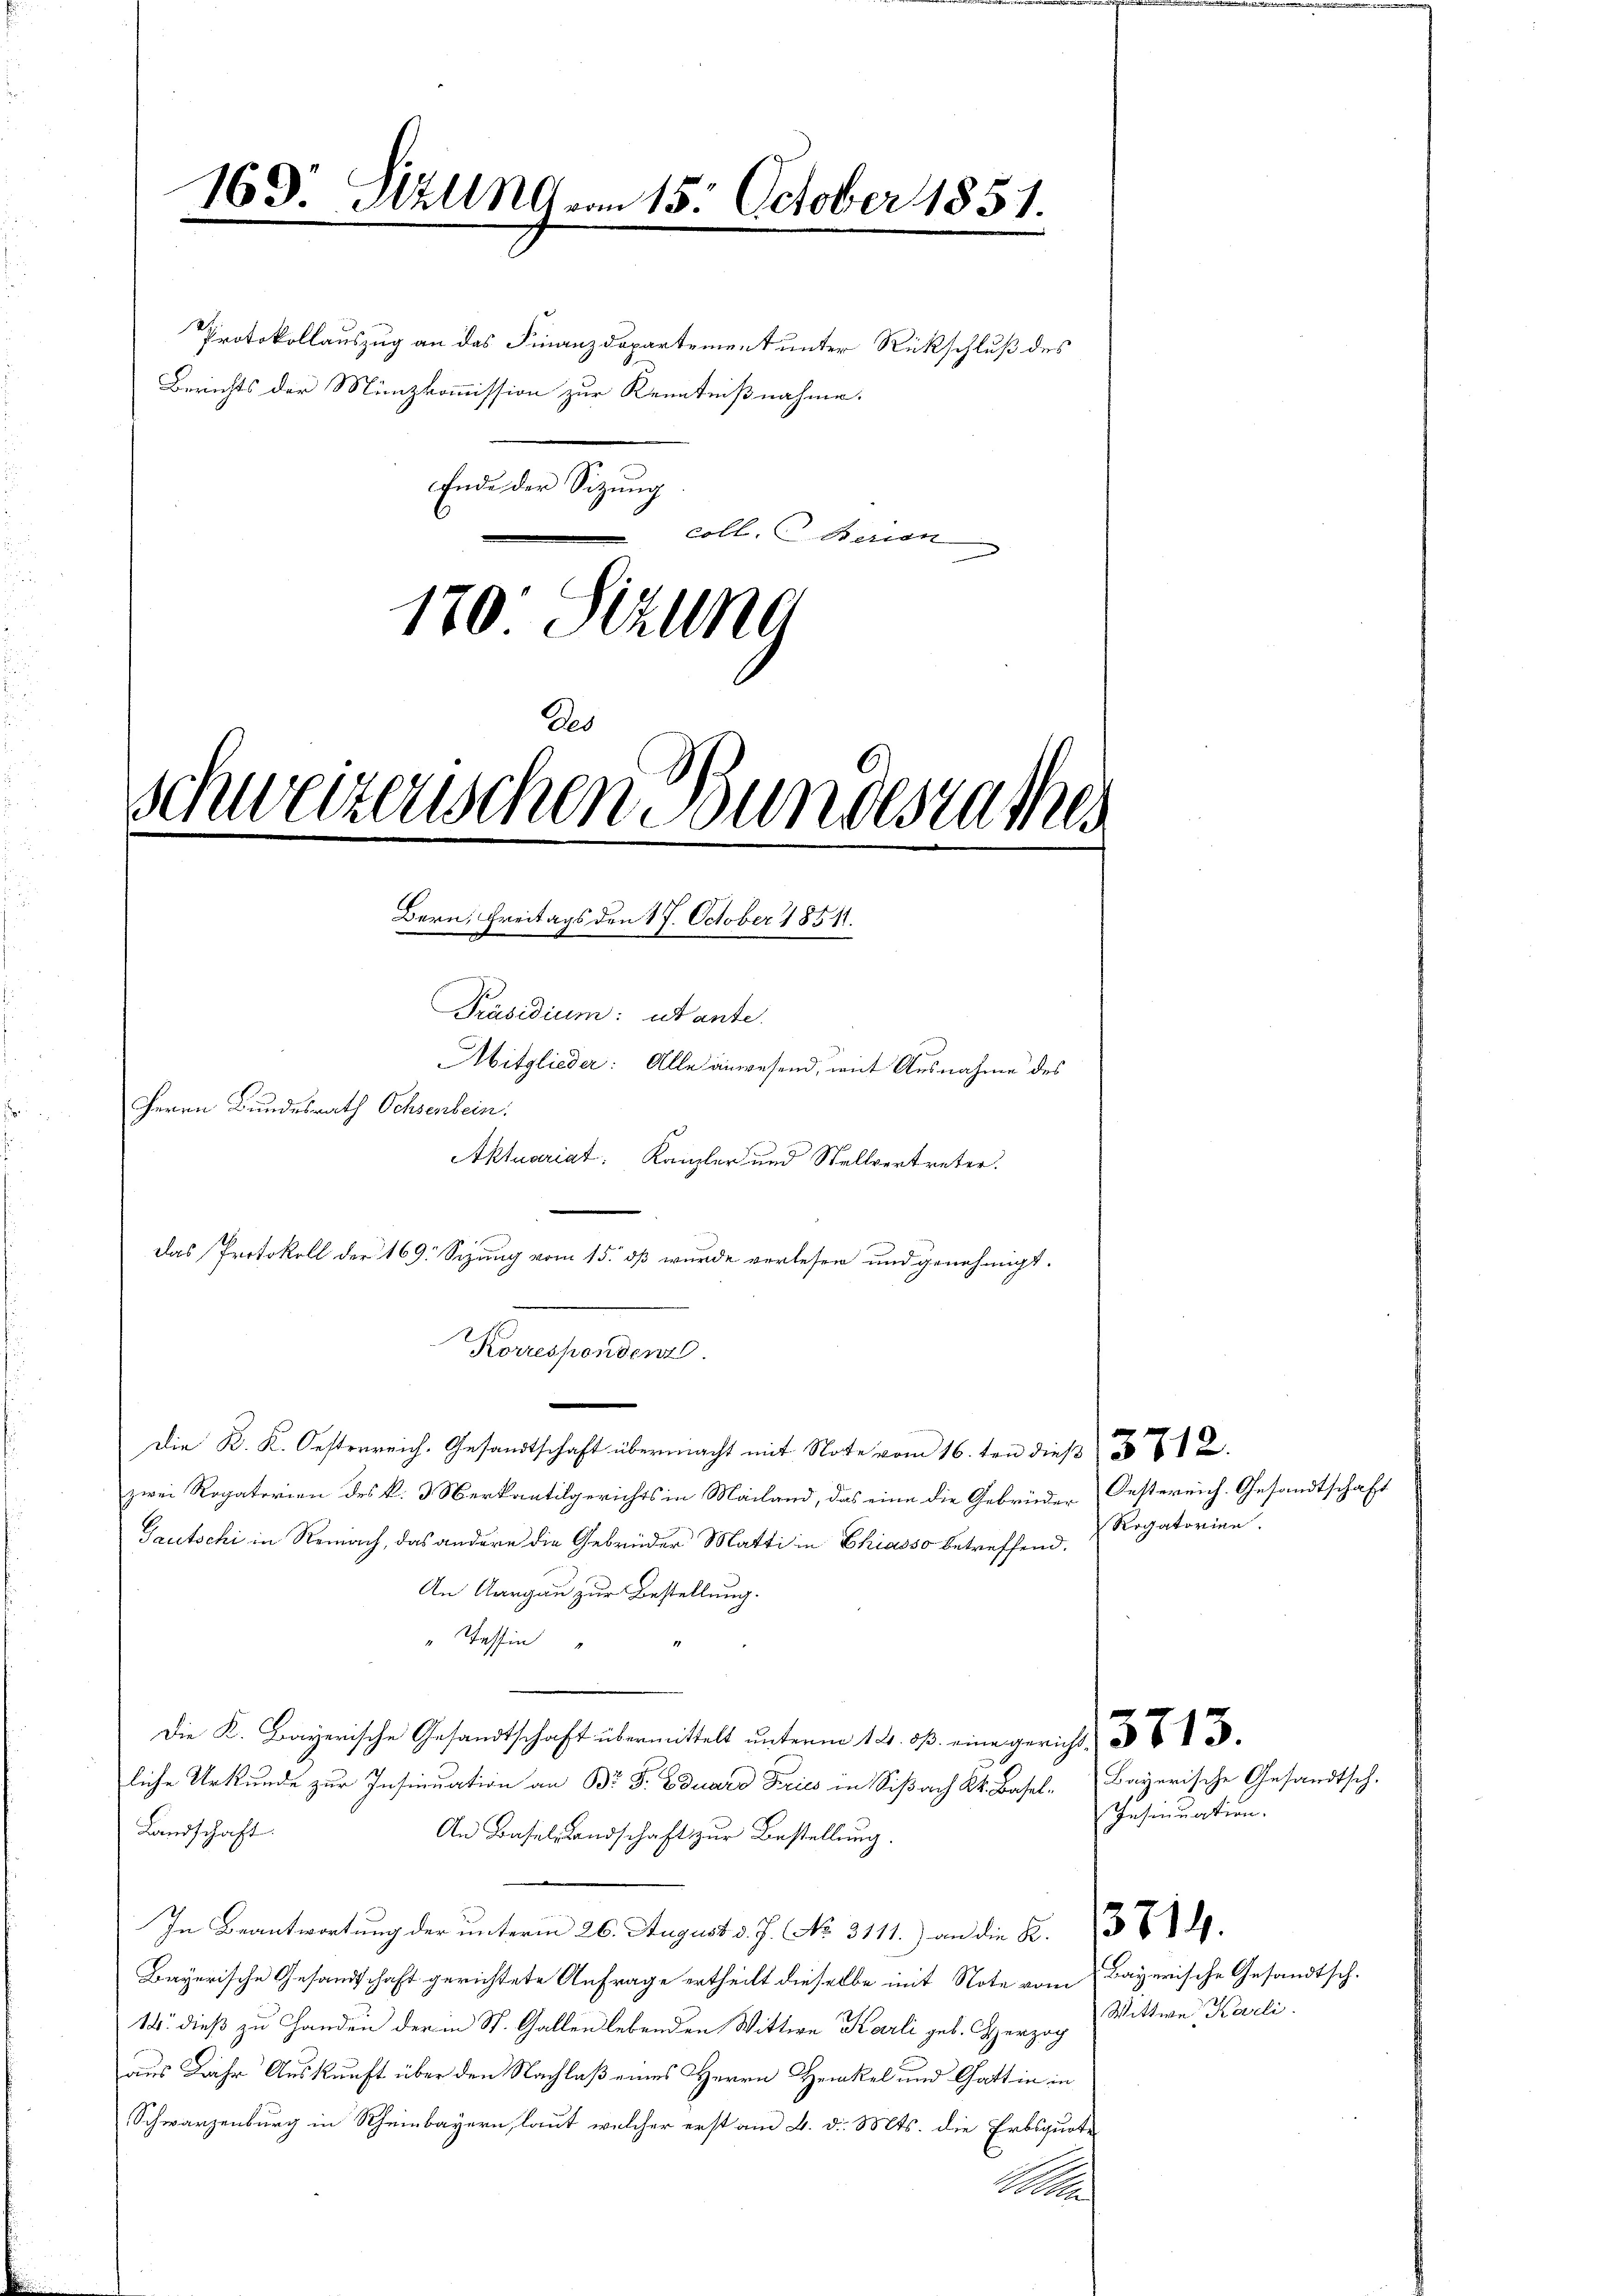
169. Stillng vom 15. October 1853
.

Protokollauszug an das Finanzdepartement unter Rückschluß des
Berichts der Münzkommission zur Kenntnißnahme.
Ende der Sitzung
coll. Berien
170: Sizung

schweizerischen Bundesrathes
Bern, Freitags den 17. October 1851.
Präsidium: utante.
Mitglieder: Alle anwesend, mit Ausnahme des
Herrn Bundesrath Ochsenbein.
Aktuariat. Kanzler und Stellvertreter.

Des

Korrespondent.

Das Protokoll der 169. Sizung vom 15. dß wurde verlesen und genehmigt.
Die K. K. Oesterreich. Gesandtschaft übermacht mit Note vom 16. ten dieß
zwei Rogatorien des k. 3 Verkantilgerichts in Mailand, das eine die Gebrüder Oestereich. Gesandtschaft
Gautschi in Reinach, das andere die Gebrüder Matti in Chiasso betreffend.
An Aargau zur Bestellung.
“ Tessin
Die K. Bayerische Gesandtschaft übermittelt unterm 14. ds. eine gericht
liche Urkunde zur Insinuation an Dr J. Eduard Fries in Sißach kk. Basel-Bayerische Gesandtsch.
Landschaft.
An Baselstandschaft zur Bestellung.
In Beantwortung der unterm 26. August d. J. No. 3111.) an die K. 36.
Bayerische Gesandtschaft gerichtete Anfrage ertheilt dieselbe mit Note vom Bayerische Gesandtsch.
18. dieß zu Handen der in St. Gallen lebenden Wittwe Karli geb. Herzog Wittwe Karli
aus Jahr Auskunft über den Nachlaß eines Herrn Henkel und Gattin in
Schwarzenburg in Rheinbayern, laut welcher erst am 4. d. Mts. die Erbsquote
h

Rogatorien.

Insinuation.